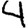
Digit: 4